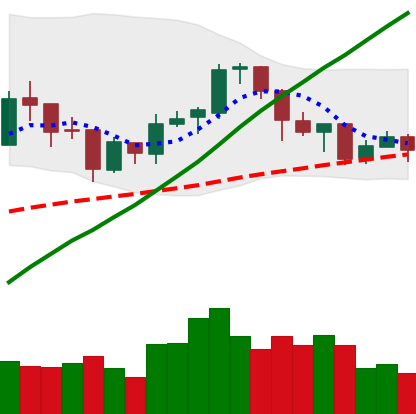
Ticker: BTC-USD
Chart end date: 2018-01-14
Forward return: -15.717%
Label: down_7plus